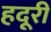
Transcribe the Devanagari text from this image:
हदूरी